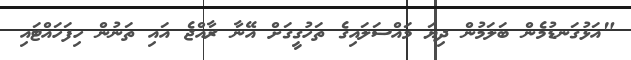
"އަޅުގަނޑުމެން ބަލަމުން ދިޔަ މައްސަލައިގެ ތަހުގީގަށް އޭނާ ރާއްޖެ އައި ތަނުން ހިފަހައްޓައި